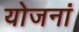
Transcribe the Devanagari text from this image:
योजनां